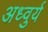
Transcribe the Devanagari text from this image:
अध्वुर्य